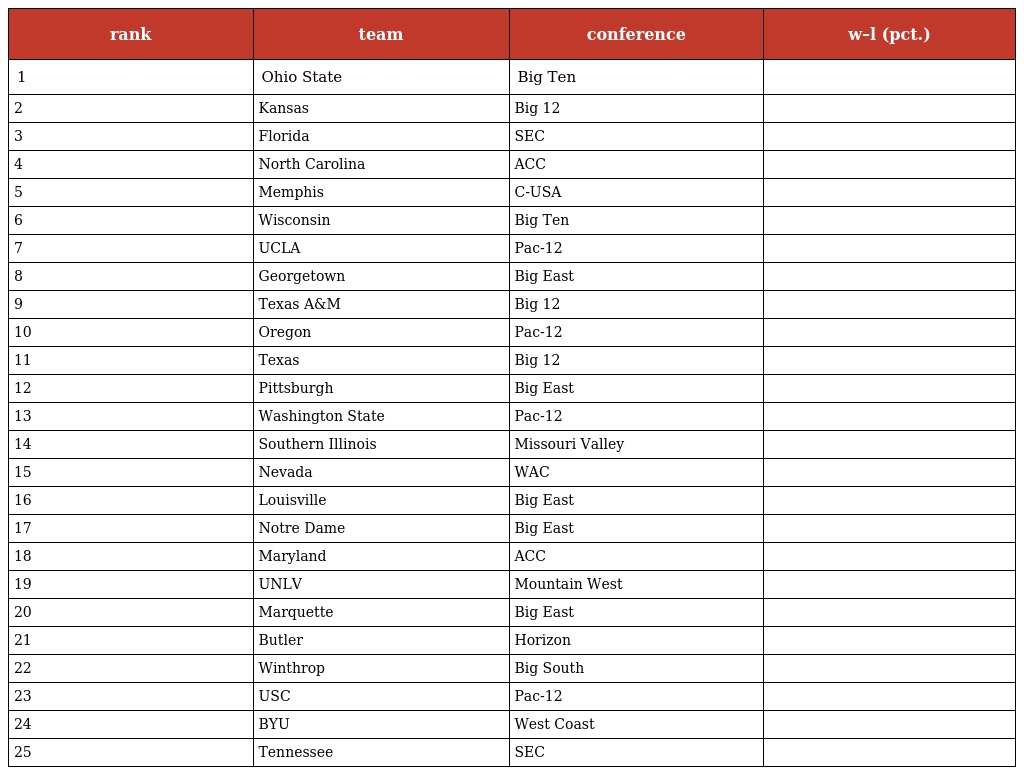
| rank | team | conference | w–l (pct.) |
 | --- | --- | --- | --- |
 | 1 | Ohio State | Big Ten |  |
 | 2 | Kansas | Big 12 |  |
 | 3 | Florida | SEC |  |
 | 4 | North Carolina | ACC |  |
 | 5 | Memphis | C-USA |  |
 | 6 | Wisconsin | Big Ten |  |
 | 7 | UCLA | Pac-12 |  |
 | 8 | Georgetown | Big East |  |
 | 9 | Texas A&M | Big 12 |  |
 | 10 | Oregon | Pac-12 |  |
 | 11 | Texas | Big 12 |  |
 | 12 | Pittsburgh | Big East |  |
 | 13 | Washington State | Pac-12 |  |
 | 14 | Southern Illinois | Missouri Valley |  |
 | 15 | Nevada | WAC |  |
 | 16 | Louisville | Big East |  |
 | 17 | Notre Dame | Big East |  |
 | 18 | Maryland | ACC |  |
 | 19 | UNLV | Mountain West |  |
 | 20 | Marquette | Big East |  |
 | 21 | Butler | Horizon |  |
 | 22 | Winthrop | Big South |  |
 | 23 | USC | Pac-12 |  |
 | 24 | BYU | West Coast |  |
 | 25 | Tennessee | SEC |  |